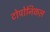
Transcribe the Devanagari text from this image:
टोपोनिकल